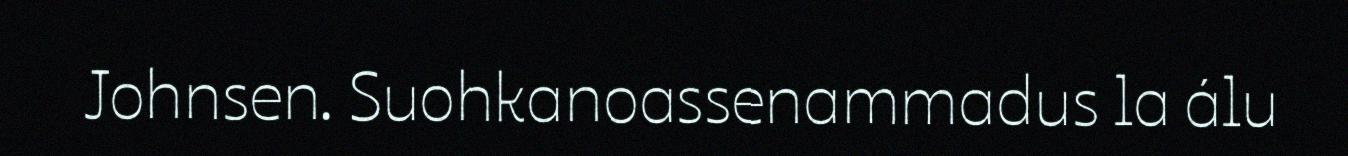
Johnsen. Suohkanoassenammadus la álu